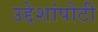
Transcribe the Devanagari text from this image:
उद्देशांपोटी